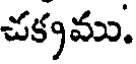
చక్కము.